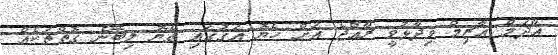
އާދަމް އާޒިމް ވިދާޅުވީ ރާއްޖެ އަށް ހެޔޮ އަގުގައި ތެޔޮ ލިބޭނެ ގޮތްތަކެއް